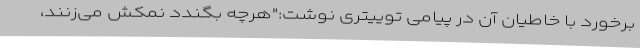
برخورد با خاطیان آن در پیامی توییتری نوشت:"هرچه بگندد نمکش می‌زنند،